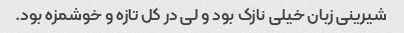
شیرینی زبان خیلی نازک بود و لی در کل تازه و خوشمزه بود.